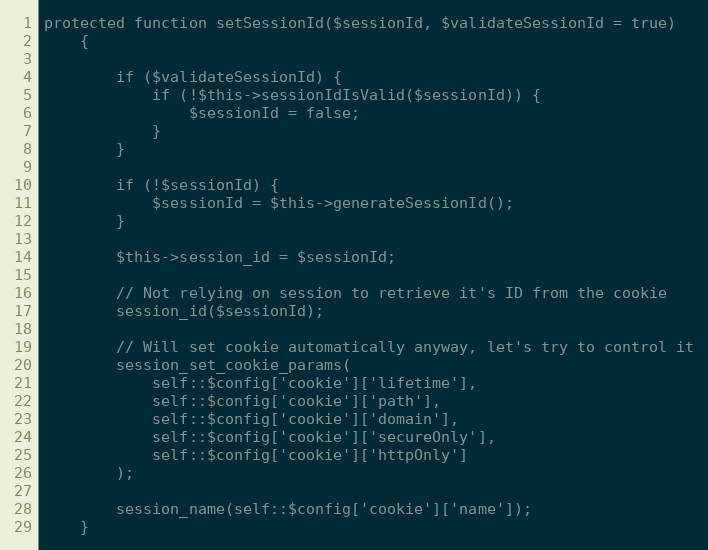
Language: PHP
protected function setSessionId($sessionId, $validateSessionId = true)
    {

        if ($validateSessionId) {
            if (!$this->sessionIdIsValid($sessionId)) {
                $sessionId = false;
            }
        }

        if (!$sessionId) {
            $sessionId = $this->generateSessionId();
        }

        $this->session_id = $sessionId;

        // Not relying on session to retrieve it's ID from the cookie
        session_id($sessionId);

        // Will set cookie automatically anyway, let's try to control it
        session_set_cookie_params(
            self::$config['cookie']['lifetime'],
            self::$config['cookie']['path'],
            self::$config['cookie']['domain'],
            self::$config['cookie']['secureOnly'],
            self::$config['cookie']['httpOnly']
        );

        session_name(self::$config['cookie']['name']);
    }